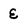
Character: E